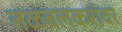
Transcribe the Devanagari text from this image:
तळवलकरांवर